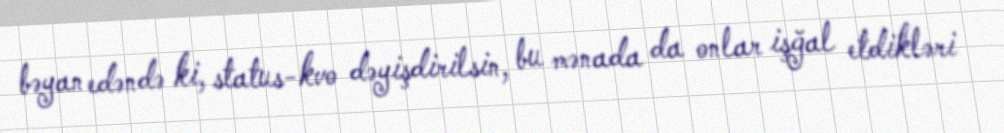
bəyan edəndə ki, status-kvo dəyişdirilsin, bu mənada da onlar işğal etdikləri